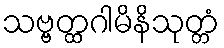
သဗ္ဗတ္ထဂါမိနိသုတ္တံ